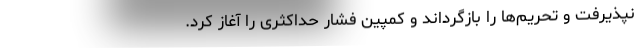
نپذیرفت و تحریم‌ها را بازگرداند و کمپین فشار حداکثری را آغاز کرد.